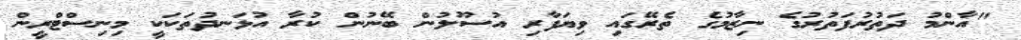
"އާންމު ދަތުރުފަތުރުގެ ނިޒާމުގެ ތެރޭގައި ވިޔަފާރި އުސޫލުން ބޭނުން ކުރާ އުޅަނދުތަކަކީ މިނިސްޓްރީން